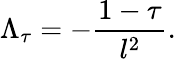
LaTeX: \Lambda_{\tau}=-{\frac{1-\tau}{l^{2}}}.